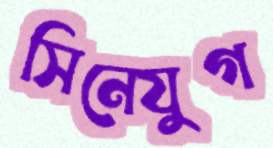
সিনেযুগ